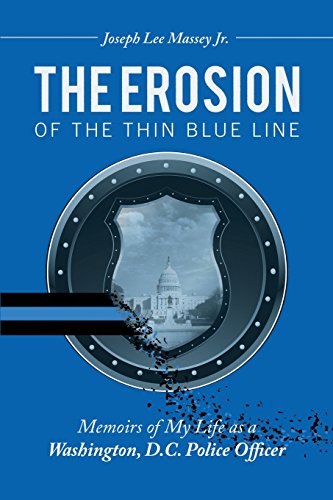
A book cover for The Erosion of the Thin Blue Line: Memoirs of My Life As a Washington, D.C. Police Officer; Joseph Lee Massey Jr.; Biographies & Memoirs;